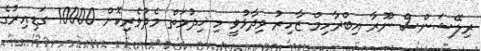
ރިލޭޝަންސް ނޫރާ އިބްރާހިމް ޒާހިރު ވިދާޅުވީ މި ޚިދުމަތް މެދުވެރިކޮށް 10000 ގަޑިއިރުގެ